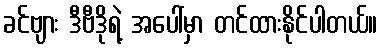
ခင်ဗျား ဒီဗီဒိုရဲ့ အပေါ်မှာ တင်ထားနိုင်ပါတယ်။